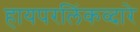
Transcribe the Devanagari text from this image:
हायपरलिंकव्दारे